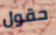
حقول